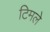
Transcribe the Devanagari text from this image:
टिमले